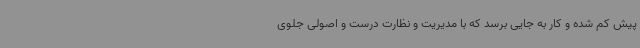
پیش کم شده و کار به جایی برسد که با مدیریت و نظارت درست و اصولی جلوی